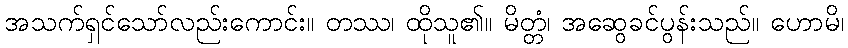
အသက်ရှင်သော်လည်းကောင်း။ တဿ၊ ထိုသူ၏။ မိတ္တံ၊ အဆွေခင်ပွန်းသည်။ ဟောမိ၊